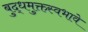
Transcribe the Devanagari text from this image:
बुद्धमुक्तस्वभावे